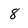
Character: 8